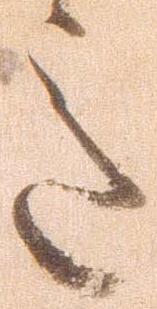
意